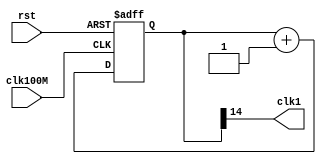
module divider #(parameter div=14)
(
    input clk100M,
    input rst,
    output clk1
);
 reg [div:0] count; 
assign clk1 = count[div];
always @ (posedge clk100M or posedge rst)  
begin  
    if (rst)  
    count <= 0;  
    else  
    count <= count+1;  
end 
endmodule